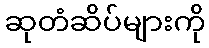
ဆုတံဆိပ်များကို